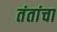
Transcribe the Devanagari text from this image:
तंतांचा